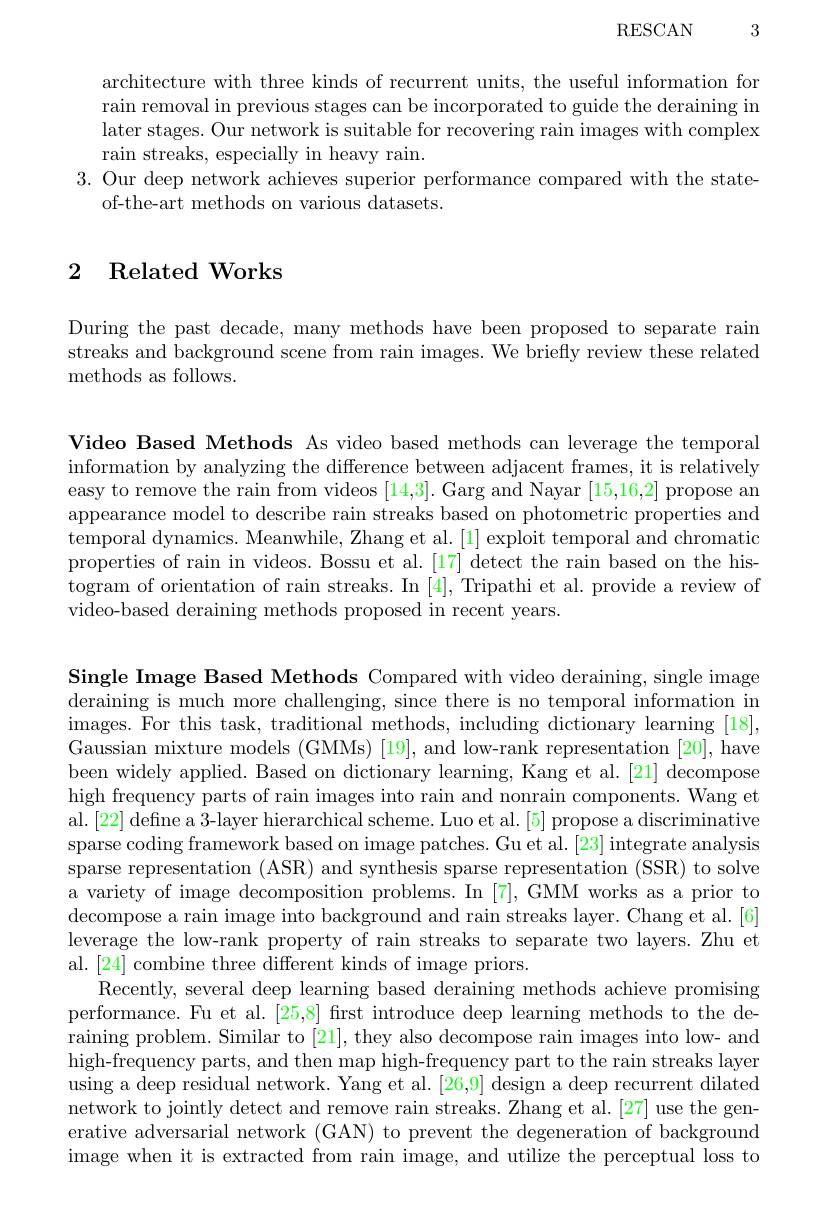
RESCAN3

architecture with three kinds of recurrent units, the useful information for rain removal in previous stages can be incorporated to guide the deraining in later stages. Our network is suitable for recovering rain images with complex rain streaks, especially in heavy rain.
3. Our deep network achieves superior performance compared with the state-
of-the-art methods on various datasets.

## 2 $\textbf{Related Works}$

During the past decade, many methods have been proposed to separate rain streaks and background scene from rain images. We briefly review these related methods as follows.

Video Based Methods As video based methods can leverage the temporal information by analyzing the difference between adjacent frames, it is relatively easy to remove the rain from videos [14,3]. Garg and Nayar [15,16,2] propose an appearance model to describe rain streaks based on photometric properties and temporal dynamics. Meanwhile, Zhang et al. [1] exploit temporal and chromatic properties of rain in videos. Bossu et al.[17] detect the rain based on the histogram of orientation of rain streaks. In [4],Tripathi et al. provide a review of video-based deraining methods proposed in recent years.

Single Image Based Methods Compared with video deraining, single image deraining is much more challenging, since there is no temporal information in images. For this task, traditional methods, including dictionary learning [ 18] , Gaussian mixture models (GMMs) [19], and low-rank representation [20], have been widely applied. Based on dictionary learning, Kang et al.[21] decompose high frequency parts of rain images into rain and nonrain components. Wang et al.[22] define a 3-layer hierarchical scheme. Luo et al. [5] propose a discriminative sparse coding framework based on image patches. Gu et al. [23] integrate analysis sparse representation (ASR) and synthesis sparse representation (SSR) to solve a variety of image decomposition problems. In [7], GMM works as a prior to decompose a rain image into background and rain streaks layer. Chang et al.[6] leverage the low-rank property of rain streaks to separate two layers. Zhu et al. [24] combine three different kinds of image priors.
Recently, several deep learning based deraining methods achieve promising performance. Fu et al. [25,8] first introduce deep learning methods to the deraining problem. Similar to [21], they also decompose rain images into low- and high-frequency parts, and then map high-frequency part to the rain streaks layer using a deep residual network. Yang et al. [26,9] design a deep recurrent dilated network to jointly detect and remove rain streaks. Zhang et al. [27] use the generative adversarial network (GAN) to prevent the degeneration of background image when it is extracted from rain image, and utilize the perceptual loss to